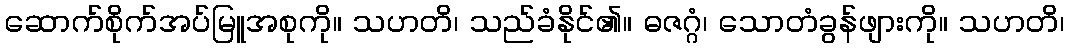
ဆောက်စိုက်အပ်မြူအစုကို။ သဟတိ၊ သည်ခံနိုင်၏။ ဓဇဂ္ဂံ၊ သောတံခွန်ဖျားကို။ သဟတိ၊